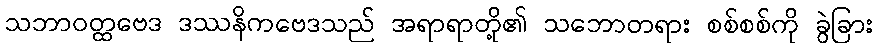
သဘာဝတ္ထဗေဒ ဒဿနိကဗေဒသည် အရာရာတို့၏ သဘောတရား စစ်စစ်ကို ခွဲခြား